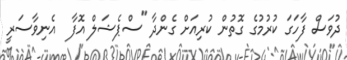
ދުވަސް ފާހަގަ ކުރުމުގެ ގޮތުން ކުރިއަށް ގެންދާ "ސްޕެޝަލް އޮފާ  އެނިވާސަރީ